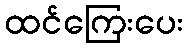
ထင်ကြေးပေး